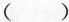
( )